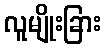
လူမျိုးခြား